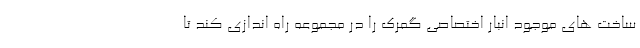
ساخت های موجود انبار اختصاصي گمرک را در مجموعه راه اندازی کند تا